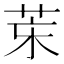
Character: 𦮞